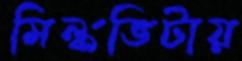
মিল্কভিটায়